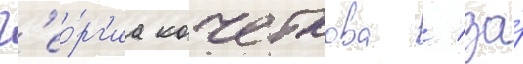
Г'ео́рг'иа кочеткова / за́